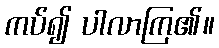
ကပ်၍ ပါလာကြ၏။